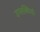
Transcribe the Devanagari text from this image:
उप्लब्धियां